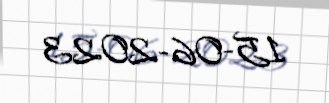
15-06-2023